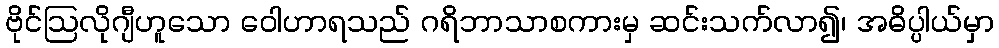
ဗိုင်ဩလိုဂျီဟူသော ဝေါဟာရသည် ဂရိဘာသာစကားမှ ဆင်းသက်လာ၍၊ အဓိပ္ပါယ်မှာ